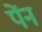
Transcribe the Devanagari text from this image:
पेंन